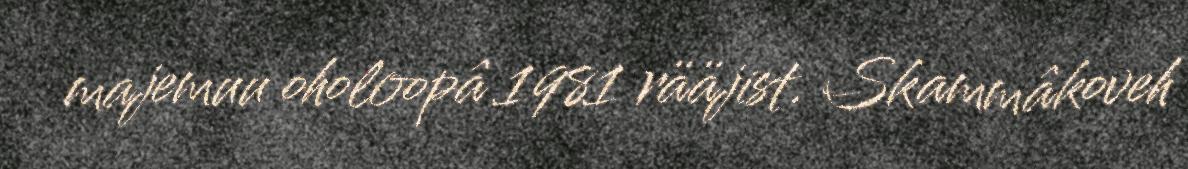
majemuu oholoopâ 1981 rääjist. Skammâkoveh